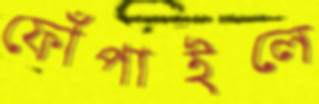
ফোঁপাইলে